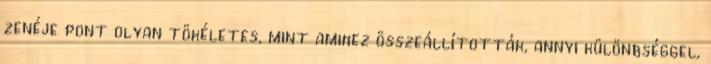
zenéje pont olyan tökéletes, mint amihez összeállították, annyi különbséggel,